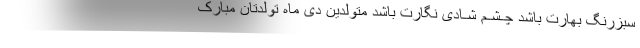
سبزرنگ بهارت باشد چـشـم شـادی نگارت باشد متولدین دی ماه تولدتان مبارک